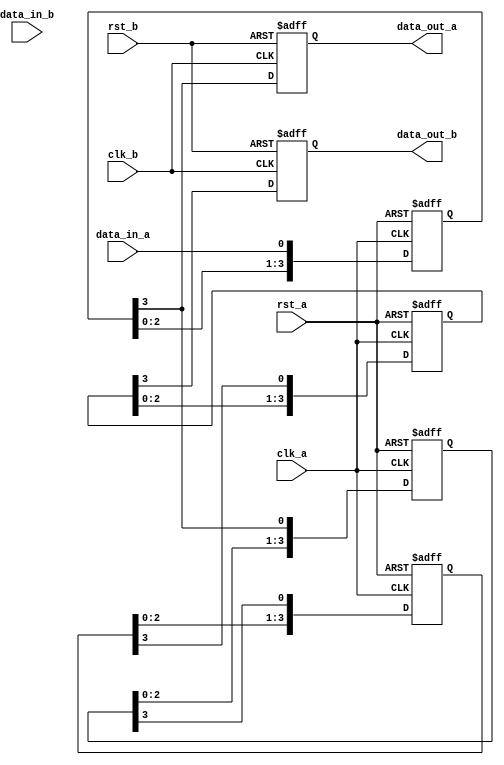
module four_flop_synchronizer (
    input wire clk_a,
    input wire rst_a,
    input wire data_in_a,
    output reg data_out_a,
    
    input wire clk_b,
    input wire rst_b,
    input wire data_in_b,
    output reg data_out_b
);
    
    reg [3:0] stage1, stage2, stage3, stage4;
    
    always @(posedge clk_a or posedge rst_a) begin
        if (rst_a) begin
            stage1 <= 4'b0;
            stage2 <= 4'b0;
            stage3 <= 4'b0;
            stage4 <= 4'b0;
        end else begin
            stage1 <= {stage1[2:0], data_in_a};
            stage2 <= {stage2[2:0], stage1[3]};
            stage3 <= {stage3[2:0], stage2[3]};
            stage4 <= {stage4[2:0], stage3[3]};
        end
    end
    
    always @(posedge clk_b or posedge rst_b) begin
        if (rst_b) begin
            data_out_a <= 1'b0;
            data_out_b <= 1'b0;
        end else begin
            data_out_a <= stage1[3];
            data_out_b <= stage4[3];
        end
    end

endmodule